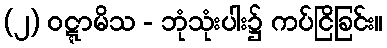
(၂) ဝဋ္ဋာမိသ - ဘုံသုံးပါး၌ ကပ်ငြိခြင်း။